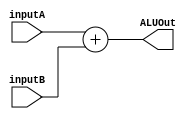
`timescale 1ns / 1ps

module Adder(
input [31:0] inputA,
input [31:0] inputB,
output reg [31:0] ALUOut);

always@(inputA or inputB)
	begin
		ALUOut<=inputA+inputB;
	end

endmodule 

module DT1(
	input [5:0] opcode,
	input [5:0] funcField,
	output reg [31:0] addressOut
    );
	reg [43:0] memory [0:255];
	reg [43:0] ii = 44'd0;
	initial begin
		$readmemb("dispatchtable1.tv", memory);
	end
	always @(opcode or funcField) 
	begin
		addressOut = 32'b00000000000000000000000000011011; //default value as exception  routine 
		ii = 44'd0;
		while (ii != memory[0])
		begin
			ii =  ii + 1;
			if(opcode == 6'b000000 || opcode == 6'b011100)
			begin
				if((opcode == memory[ii][43:38]) & (funcField == memory[ii][37:32]))
				begin
					addressOut = memory[ii][31:0];
				end
			end
			else if(opcode == memory[ii][43:38]) 
			begin
				addressOut = memory[ii][31:0];
			end	
		end
	end
endmodule 

module DT2(
	input [5:0] opcode,
	input [5:0] funcField,
	output reg [31:0] addressOut
    );
	reg [43:0] memory [0:255];
	reg [43:0] ii = 44'd0;
	initial begin
		$readmemb("dispatchtable2.tv", memory);
	end
	always @(opcode or funcField) 
	begin
		ii = 44'd0;
		while (ii != memory[0])
		begin
			ii =  ii + 1;
			if(opcode == 6'b000000 || opcode == 6'b011100)
			begin
				if((opcode == memory[ii][43:38]) & (funcField == memory[ii][37:32]))
				begin
					addressOut = memory[ii][31:0];
				end
			end
			else if(opcode == memory[ii][43:38])
			begin
				addressOut = memory[ii][31:0];
			end	
		end
	end
endmodule 

module DT3(
	input [5:0] opcode,
	input [5:0] funcField,
	output reg [31:0] addressOut
    );
	reg [43:0] memory [0:255];
	reg [43:0] ii = 44'd0;
	initial begin
		$readmemb("dispatchtable3.tv", memory);
	end
	always @(opcode or funcField) 
	begin
		ii = 44'd0;
		while (ii != memory[0])
		begin
			ii =  ii + 1;
			if(opcode == 6'b000000 || opcode == 6'b011100)
			begin
				if((opcode == memory[ii][43:38]) & (funcField == memory[ii][37:32]))
				begin
					addressOut = memory[ii][31:0];
				end
			end
			else if(opcode == memory[ii][43:38])
			begin
				addressOut = memory[ii][31:0];
			end	
		end
	end
endmodule 

module DT4(
	input [5:0] opcode,
	input [5:0] funcField,
    input overflow,
	output reg [31:0] addressOut
    );
	reg [43:0] memory [0:255];
	reg [43:0] ii = 44'd0;
	initial begin
		$readmemb("dispatchtable4.tv", memory);
	end
	always @(opcode or funcField or overflow) 
	begin
		addressOut = 32'd0;	//fetch default value
		ii = 44'd0;
		while (ii != memory[0])
		begin
			ii =  ii + 1;
			if(opcode == 6'b000000 || opcode == 6'b011100)
			begin
				if((opcode == memory[ii][43:38]) & (funcField == memory[ii][37:32]) & (overflow == 1))
				begin
					addressOut = memory[ii][31:0];
				end
			end
			else if((opcode == memory[ii][43:38]) & (overflow == 1)) 
			begin
                addressOut = memory[ii][31:0];
			end	
		end
	end
endmodule 

module MicroInstructionMem(
    input [31:0] address,
    output reg [35:0] instruction
);
reg [35:0] memory [0:255];
initial begin 
    $readmemb("microinstructions.tv", memory);
end
always @(address) 
begin
    instruction<=memory[address[31:0]];
end
endmodule

module Mux8to1(
input [31:0] outR0,input [31:0] outR1, input [31:0] outR2,input [31:0] outR3,input [31:0] outR4,input [31:0] outR5,
input [31:0] outR6,input [31:0] outR7,input [2:0]Sel,output reg [31:0] outBus);

initial begin
    outBus = 32'd0;
end
always @ (Sel,outR0, outR1,outR2,outR3,outR4,outR5,outR6,outR7)
begin
case(Sel)
3'd0:outBus=outR0;
3'd1:outBus=outR1;
3'd2:outBus=outR2;
3'd3:outBus=outR3;
3'd4:outBus=outR4;
3'd5:outBus=outR5;
3'd6:outBus=outR6;
3'd7:outBus=outR7;

endcase
end

endmodule

module Register32bit(
	 input clk,
	 input regWrite,
    input [31:0] writedata,
    output reg [31:0] outbus
    );
    always @(negedge clk) 
    begin
        if(regWrite == 1)
        begin
            outbus = writedata;
        end
    end

endmodule

module TopModule(
    input clk,
    input [5:0] opcode,
    input [5:0] funcfield,
    input overflow
    );

wire [31:0] seq,DT1out,DT2out,DT3out,DT4out;
reg [31:0] fetch = 32'd0;
reg [31:0] WBAdd = 32'd13;
//wire [2:0] addrCtrl;
wire [31:0] next_addr;
reg regWrite = 1;
reg [31:0] EPCUpdateAddr = 32'b00000000000000000000000000011100;
reg [31:0] adder_inputA = 32'd1;
wire [31:0] curr_addr;
wire [35:0] microInstruction;


Mux8to1 addressMUX(seq,fetch,WBAdd,DT1out,DT2out,DT3out,DT4out,EPCUpdateAddr,microInstruction[2:0],next_addr);  //addressMUX
Register32bit addressReg(clk,regWrite,next_addr,curr_addr);    //address register
Adder addressAdder(adder_inputA,curr_addr,seq);     //address Adder
MicroInstructionMem ControlMem(curr_addr,microInstruction);     //Micro Instruction Memory
DT1 DTable1(opcode,funcfield,DT1out);   //Dispatch Table 1
DT2 DTable2(opcode,funcfield,DT2out);   //Dispatch Table 2
DT3 DTable3(opcode,funcfield,DT3out);   //Dispatch Table 3
DT4 DTable4(opcode,funcfield,overflow,DT4out);   //Dispatch Table 4

endmodule